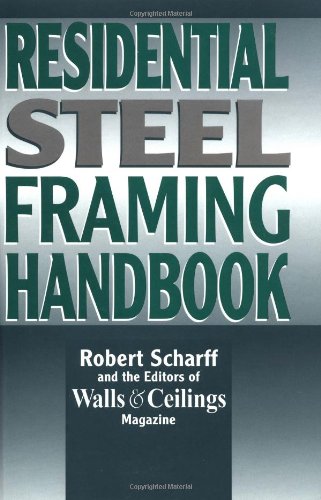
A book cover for Residential Steel Framing Handbook; Robert Scharff; Crafts, Hobbies & Home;